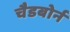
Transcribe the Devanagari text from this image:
चैडबोर्न